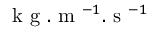
\textrm { k g } . \textrm { m } ^ { - 1 } . \textrm { s } ^ { - 1 }